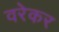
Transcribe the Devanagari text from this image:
वरेकर